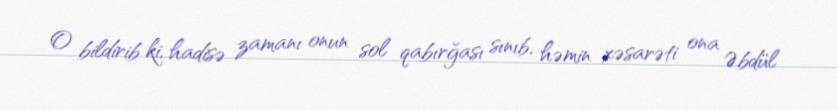
O bildirib ki, hadisə zamanı onun sol qabırğası sınıb, həmin xəsarəti ona Əbdül